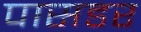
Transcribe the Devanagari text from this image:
पासडर